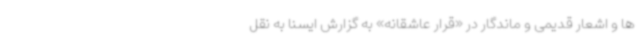
ها و اشعار قدیمی و ماندگار در «قرار عاشقانه» به گزارش ایسنا به نقل